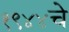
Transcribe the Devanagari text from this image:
१९४४चे